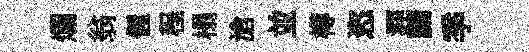
爛翁偓程榻滄並樽恣涯黯季